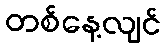
တစ်နေ့လျင်